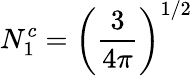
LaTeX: N_{1}^{c}=\left({\frac{3}{4\pi}}\right)^{1/2}